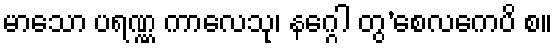
မာသော ပရဏ္ဏ ကာလေသု၊ နဂ္ဂေါ တွ’စေလကေပိ စ။